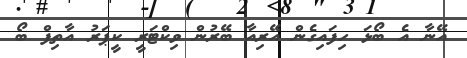
އޭނާ އެ ބޯޅަ ހިފައިގެން އޭރިއާ ބޭރުން ވިކްޓަރީ ކީޕަރު އާތިފް ބޯ